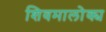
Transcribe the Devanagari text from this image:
शिवमालोक्य